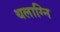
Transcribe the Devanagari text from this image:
थलाग्नि